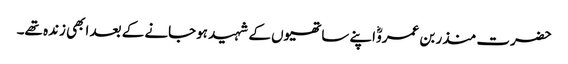
حضرت منذر بن عمروؓ اپنے ساتھیوں کے شہید ہوجانے کے بعد ابھی زندہ تھے۔